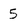
Character: 5